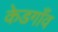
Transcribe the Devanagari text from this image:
केडगाँव